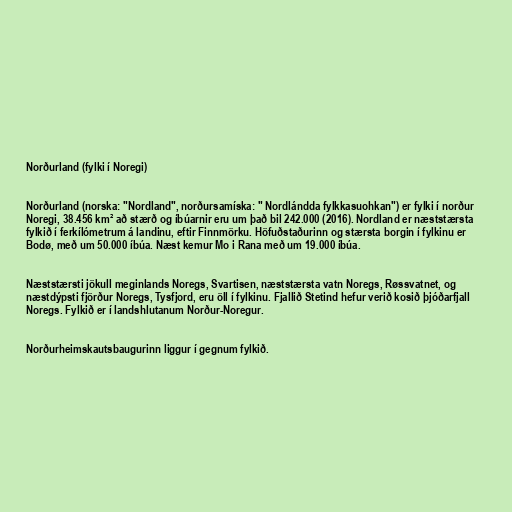
Norðurland (fylki í Noregi)

Norðurland (norska: "Nordland", norðursamíska: " Nordlándda fylkkasuohkan") er fylki í norður
Noregi, 38.456 km² að stærð og íbúarnir eru um það bil 242.000 (2016). Nordland er næststærsta
fylkið í ferkílómetrum á landinu, eftir Finnmörku. Höfuðstaðurinn og stærsta borgin í fylkinu er
Bodø, með um 50.000 íbúa. Næst kemur Mo i Rana með um 19.000 íbúa.

Næststærsti jökull meginlands Noregs, Svartisen, næststærsta vatn Noregs, Røssvatnet, og
næstdýpsti fjörður Noregs, Tysfjord, eru öll í fylkinu. Fjallið Stetind hefur verið kosið þjóðarfjall
Noregs. Fylkið er í landshlutanum Norður-Noregur.

Norðurheimskautsbaugurinn liggur í gegnum fylkið.